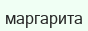
маргарита